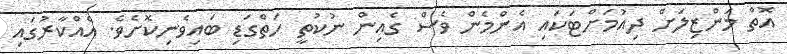
އޮތް މަންޒިލަށް ދިއުމަށްޓަކައި އެންމެން ވެސް ގެއިން ނުކުތީ ހަތްގަޑި ބައިވެނިކޮށެވެ. އެއްކާރުގައި